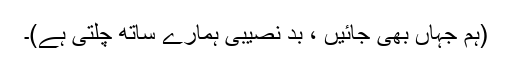
(ہم جہاں بھی جائیں ، بد نصیبی ہمارے ساتھ چلتی ہے)۔